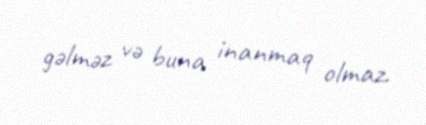
gəlməz və buna inanmaq olmaz.